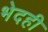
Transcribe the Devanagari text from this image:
भेदही